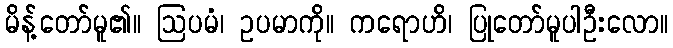
မိန့်တော်မူ၏။ ဩပမံ၊ ဥပမာကို။ ကရောဟိ၊ ပြုတော်မူပါဦးလော။